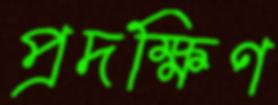
প্রদক্ষিণ